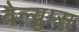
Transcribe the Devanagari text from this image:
वैल्युप्स